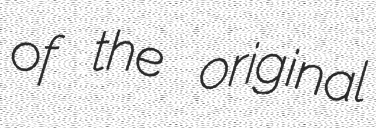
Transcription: of the original